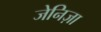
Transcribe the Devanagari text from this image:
जेनिज़ा